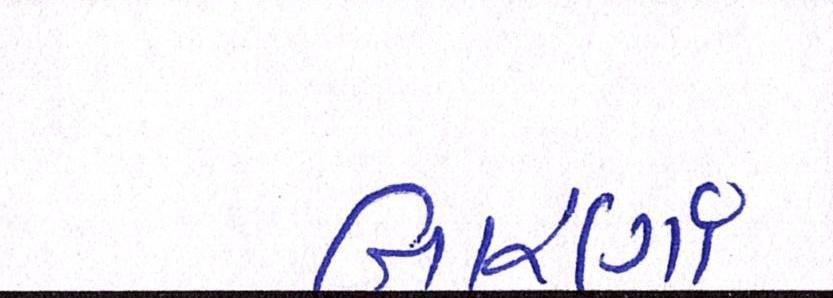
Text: બારણાં